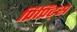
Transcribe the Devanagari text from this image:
प्रिप्रिंट्स